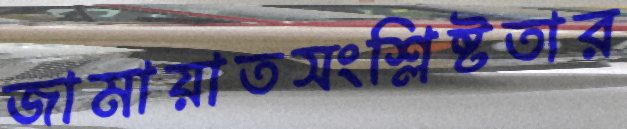
জামায়াতসংশ্লিষ্টতার